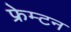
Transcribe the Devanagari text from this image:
फ्रेम्टन